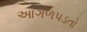
આગળપડતો